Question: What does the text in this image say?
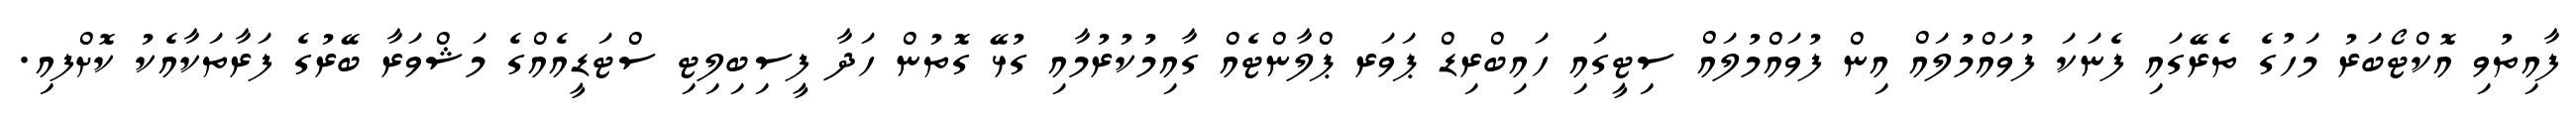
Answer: ފާއިތުވި އޮކްޓޯބަރު މަހުގެ ތެރޭގައި ފެނަކަ ފުވައްމުލައް އިން ފުވައްމުލައް ސިޓީގައި ހައިބްރިޑް ޕަވަރ ޕްލާންޓެއް ގާއިމުކުރުމާއި ގުޅޭ ގޮތުން ހަދާ ފީސިބިލިޓި ސްޓަޑީއެއްގެ މަޝްވަރާ ބޭރުގެ ފަރާތަކާއެކު ކޮށްފއި.